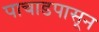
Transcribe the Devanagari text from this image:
पाचाडपासून